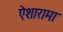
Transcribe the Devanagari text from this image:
ऐशारामा